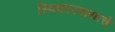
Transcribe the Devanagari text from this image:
स्विकारवायाचे